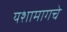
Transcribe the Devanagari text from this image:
यशामागचे